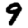
Digit: 9